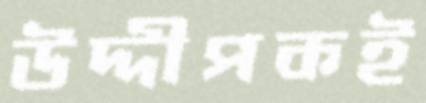
উদ্দীপকই